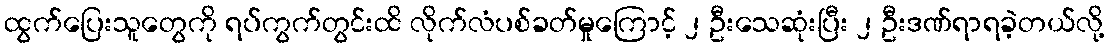
ထွက်ပြေးသူတွေကို ရပ်ကွက်တွင်းထိ လိုက်လံပစ်ခတ်မှုကြောင့် ၂ ဦးသေဆုံးပြီး ၂ ဦးဒဏ်ရာရခဲ့တယ်လို့